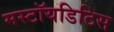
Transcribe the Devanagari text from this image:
मस्टॉयडिटिस